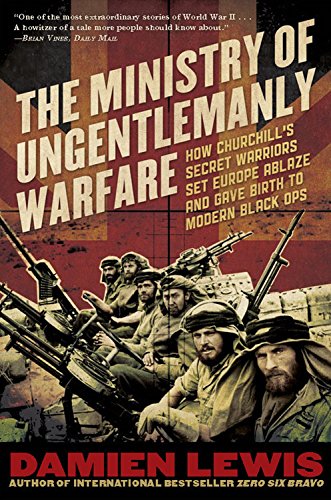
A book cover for The Ministry of Ungentlemanly Warfare: How Churchill's Secret Warriors Set Europe Ablaze and Gave Birth to Modern Black Ops; Damien Lewis; History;